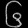
Digit: ၆